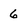
Character: 6